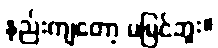
နည်းကျတော့ မမြင်ဘူး။